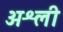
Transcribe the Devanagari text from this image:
अश्ली